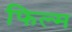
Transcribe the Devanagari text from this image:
फिल्म